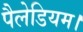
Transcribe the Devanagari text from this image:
पैलेडियम।